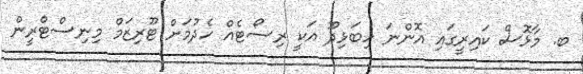
ބ. މާޅޮސް ކައިރީގައި އޮންނަ ހިބަޅިދޫ އަކީ ރިސޯޓެއް ހެދުމަށް ޓޫރިޒަމް މިނިސްޓްރީން